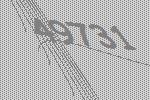
49731